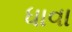
ધાવા